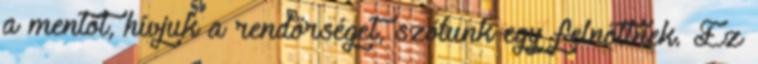
a mentőt, hívjuk a rendőrséget, szólunk egy felnőttnek. Ez